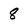
Character: 8